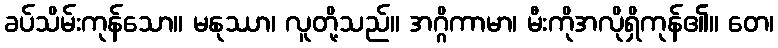
ခပ်သိမ်းကုန်သော။ မနုဿာ၊ လူတို့သည်။ အဂ္ဂိကာမာ၊ မီးကိုအလိုရှိကုန်၏။ တေ၊